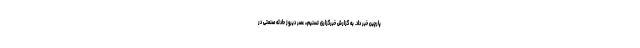
پارچین خبر داد. به گزارش خبرگزاری تسنیم،، عصر دیروز حادثه صنعتی در